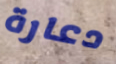
دعارة